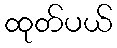
ထုတ်ပယ်